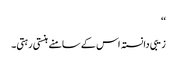
‘‘
زیبی دانستہ اس کے سامنے ہنستی رہتی۔